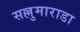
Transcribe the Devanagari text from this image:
सल्लुमाराडा